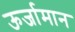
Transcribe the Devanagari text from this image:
ऊर्जामान